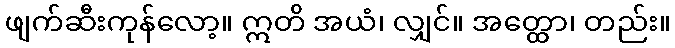
ဖျက်ဆီးကုန်လော့။ ဣတိ အယံ၊ လျှင်။ အတ္ထော၊ တည်း။